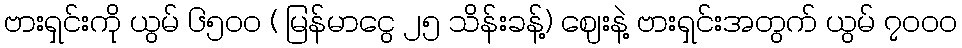
ဗားရှင်းကို ယွမ် ၆၅၀၀ ( မြန်မာငွေ ၂၅ သိန်းခန့်) ဈေးနဲ့ ဗားရှင်းအတွက် ယွမ် ၇၀၀၀